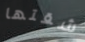
شقتها